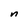
Character: n